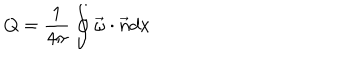
Q = \frac { 1 } { 4 \pi } \oint \vec { \omega } \cdot \vec { n } d x